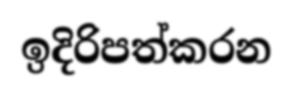
ඉදිරිපත්කරන